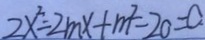
2 x ^ { 2 } = 2 m x + m ^ { 2 } - 2 0 = 0 .